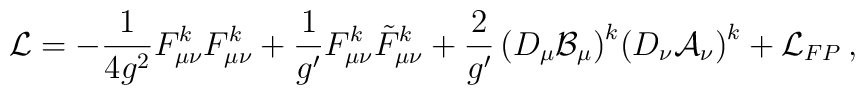
{\cal L} = -\frac{1}{4g^{2}}F^{k}_{\mu \nu}F^{k}_{\mu \nu} +\frac{1}{g'}F^{k}_{\mu \nu}\tilde{F}^{k}_{\mu \nu} +\frac{2}{g'}\left( D_{\mu}\cal{B}_{\mu} \right)^{k}\!\left(D_{\nu}\cal{A}_{\nu} \right)^{k} +{\cal L}_{FP}\, ,